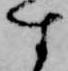
す